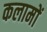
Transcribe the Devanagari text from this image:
कलामों